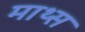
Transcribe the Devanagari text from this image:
माथ्स